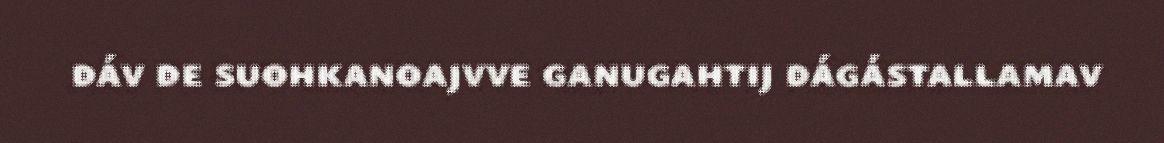
dáv de suohkanoajvve ganugahtij dágástallamav